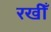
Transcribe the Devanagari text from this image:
रखीँ